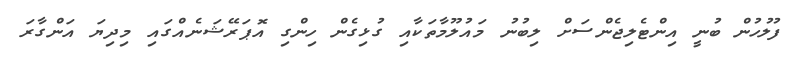
ފުލުހުން ބުނީ އިންޓެލިޖެންސަށް ލިބުނު މައުލޫމާތަކާއި ގުޅިގެން ހިންގި އޮޕަރޭޝަނެއްގައި މިދިޔަ އަންގާރަ